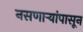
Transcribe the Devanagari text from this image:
नसणाऱ्यांपासून